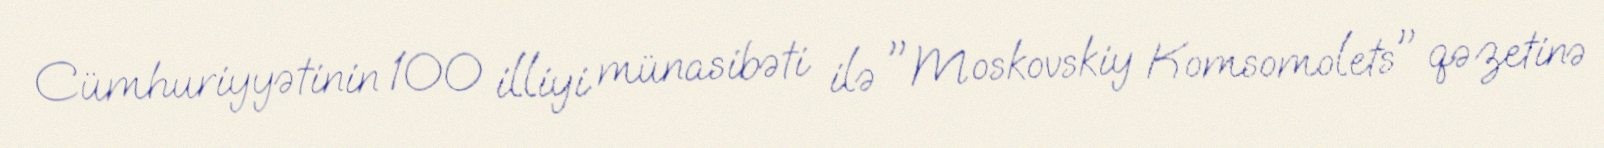
Cümhuriyyətinin 100 illiyi münasibəti ilə "Moskovskiy Komsomolets" qəzetinə